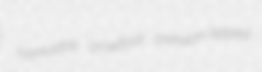
hamadas crowfoot crimson-tipped